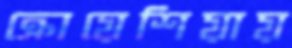
ক্রোয়েশিয়ায়